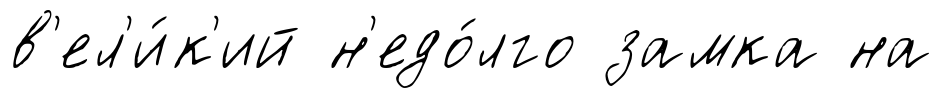
в'ел'и́к'ий н'едо́лго замка на